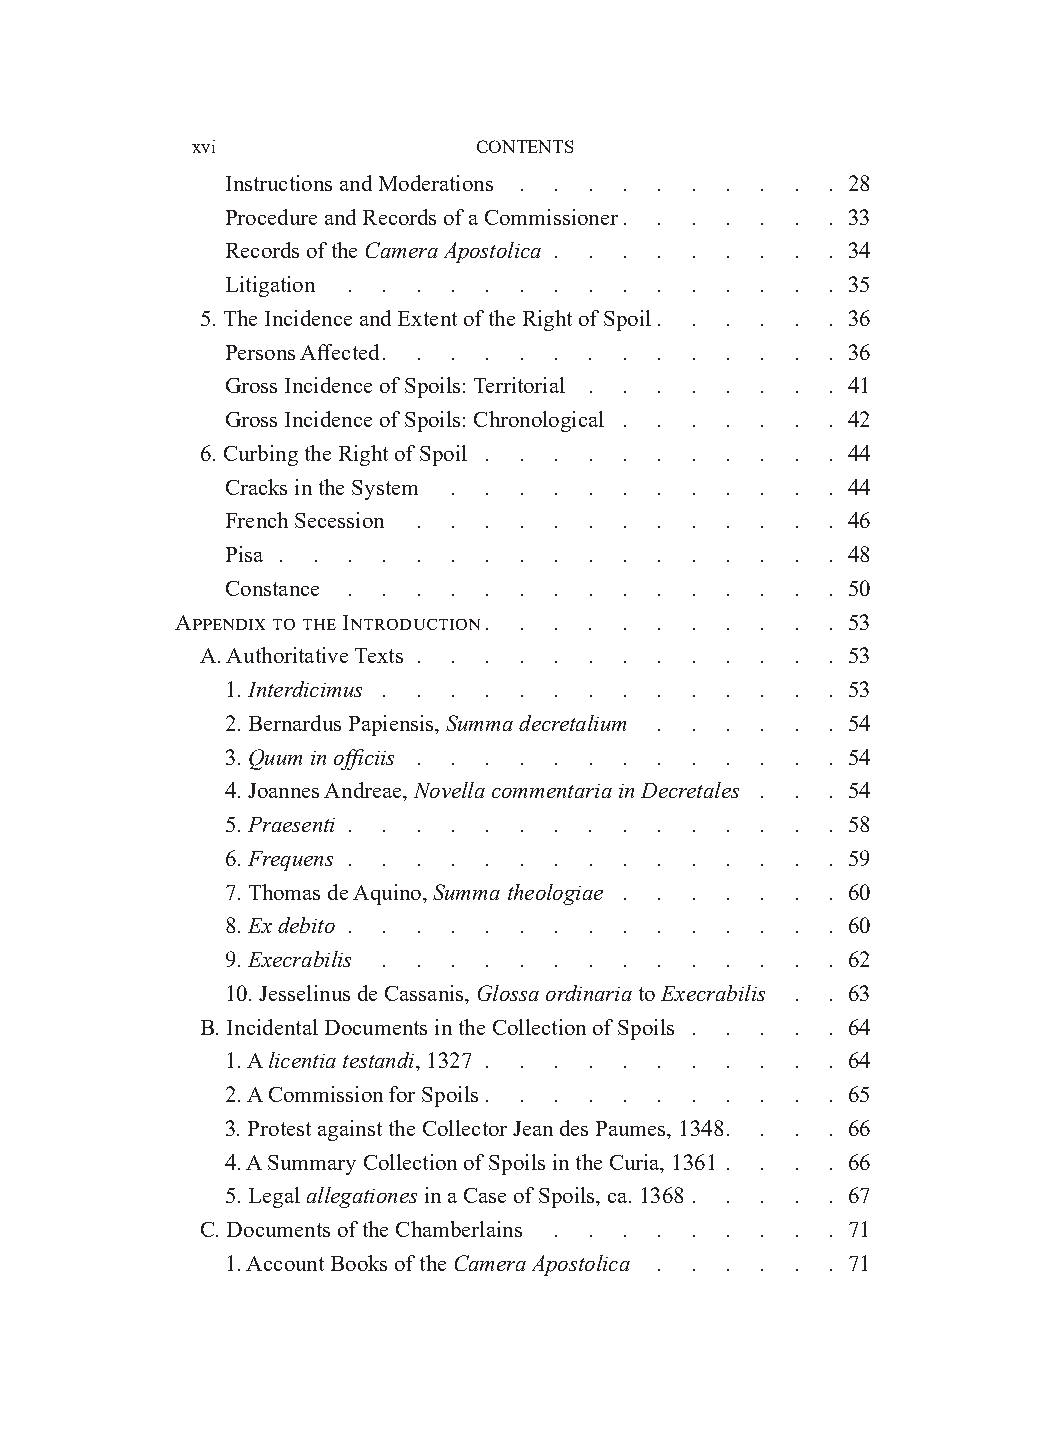
xvi                CONTENTS
 Instructions and Moderations . . . . . . . . . . 28
 Procedure and Records of a Commissioner . . . . . . . 33
 Records of the Camera Apostolica . . . . . . . . . 34
 Litigation . . . . . . . . . . . . . . . 35
 5. The Incidence and Extent of the Right of Spoil . . . . . . 36
 Persons Affected . . . . . . . . . . . . . . 36
 Gross Incidence of Spoils: Territorial . . . . . . . . 41
 Gross Incidence of Spoils: Chronological . . . . . . . 42
 6. Curbing the Right of Spoil . . . . . . . . . . . 44
 Cracks in the System . . . . . . . . . . . . 44
 French Secession . . . . . . . . . . . . . 46
 Pisa . . . . . . . .  . . . .  . . .  . . 48
 Constance . . . . . . . . . .  . . .  . . 50
 Appendix to the Introduction . . . . . . . . . . . 53
 A. Authoritative Texts . . . . . . . . . . . . . 53
 1. Interdicimus . . . . . . . . . . . . . . 53
 2. Bernardus Papiensis, Summa decretalium . . . . . . 54
 3. Quum in officiis . . . . . . . . . . . . . 54
 4. Joannes Andreae, Novella commentaria in Decretales . . . 54
 5. Praesenti . . . . . . . . . . . . . . . 58
 6. Frequens . . . . . . . . . . . . . . . 59
 7. Thomas de Aquino, Summa theologiae . . . . . . . 60
 8. Ex debito . . . . . . . . . . . . . . . 60
 9. Execrabilis . . . . . . . . . . . . . . 62
 10. Jesselinus de Cassanis, Glossa ordinaria to Execrabilis . . 63
 B. Incidental Documents in the Collection of Spoils . . . . . 64
 1. A licentia testandi, 1327 . . . . . . . . . . . 64
 2. A Commission for Spoils . . . . . . . . . . . 65
 3. Protest against the Collector Jean des Paumes, 1348 . . . . 66
 4. A Summary Collection of Spoils in the Curia, 1361 . . . . 66
 5. Legal allegationes in a Case of Spoils, ca. 1368 . . . . . 67
 C. Documents of the Chamberlains . . . . . . . . . 71
 1. Account Books of the Camera Apostolica . . . . . . 71